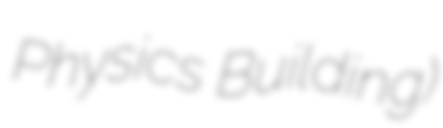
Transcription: Physics Building)